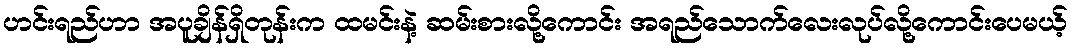
ဟင်းရည်ဟာ အပူချိန်ရှိတုန်းက ထမင်းနဲ့ ဆမ်းစားလို့ကောင်း အရည်သောက်လေးလုပ်လို့ကောင်းပေမယ့်